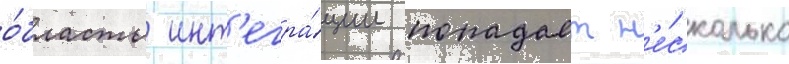
о́бласть инт'егра́ции попадает н'е́сколько